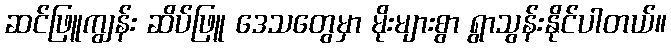
ဆင်ဖြူကျွန်း ဆိပ်ဖြူ ဒေသတွေမှာ မိုးများစွာ ရွာသွန်းနိုင်ပါတယ်။